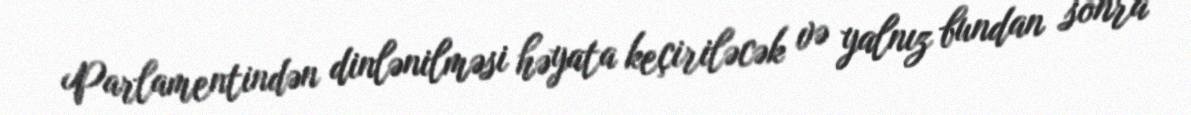
Parlamentindən dinlənilməsi həyata keçiriləcək və yalnız bundan sonra